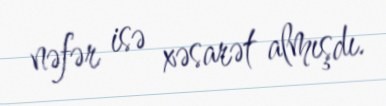
nəfər isə xəsarət almışdı.